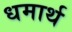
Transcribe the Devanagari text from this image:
धमार्थ